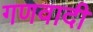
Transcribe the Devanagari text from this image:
गणवादी